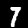
Digit: 7